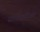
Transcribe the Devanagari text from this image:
सॉफटवेअर